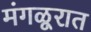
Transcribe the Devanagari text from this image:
मंगळूरात